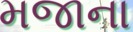
મજાના